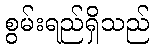
စွမ်းရည်ရှိသည်